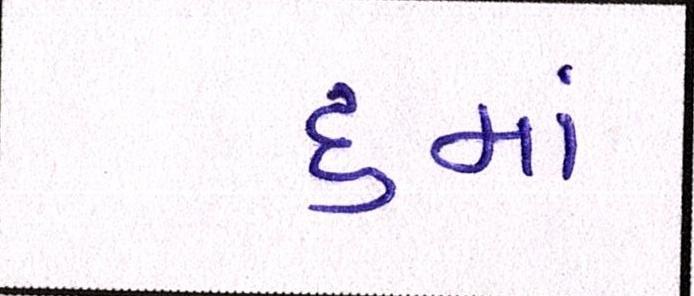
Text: ૬માં